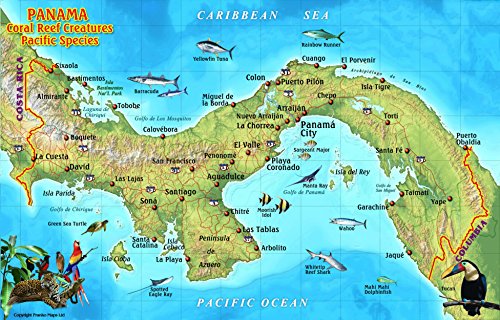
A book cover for Panama Pacific Coral Reef Creatures Guide Franko Maps Laminated Fish Card; Franko Maps Ltd.; Travel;